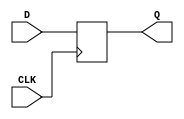
module d_flip_flop(
    input D,
    input CLK,
    output reg Q
);

// Clock edge detection
always @(posedge CLK)
    Q <= D;

endmodule